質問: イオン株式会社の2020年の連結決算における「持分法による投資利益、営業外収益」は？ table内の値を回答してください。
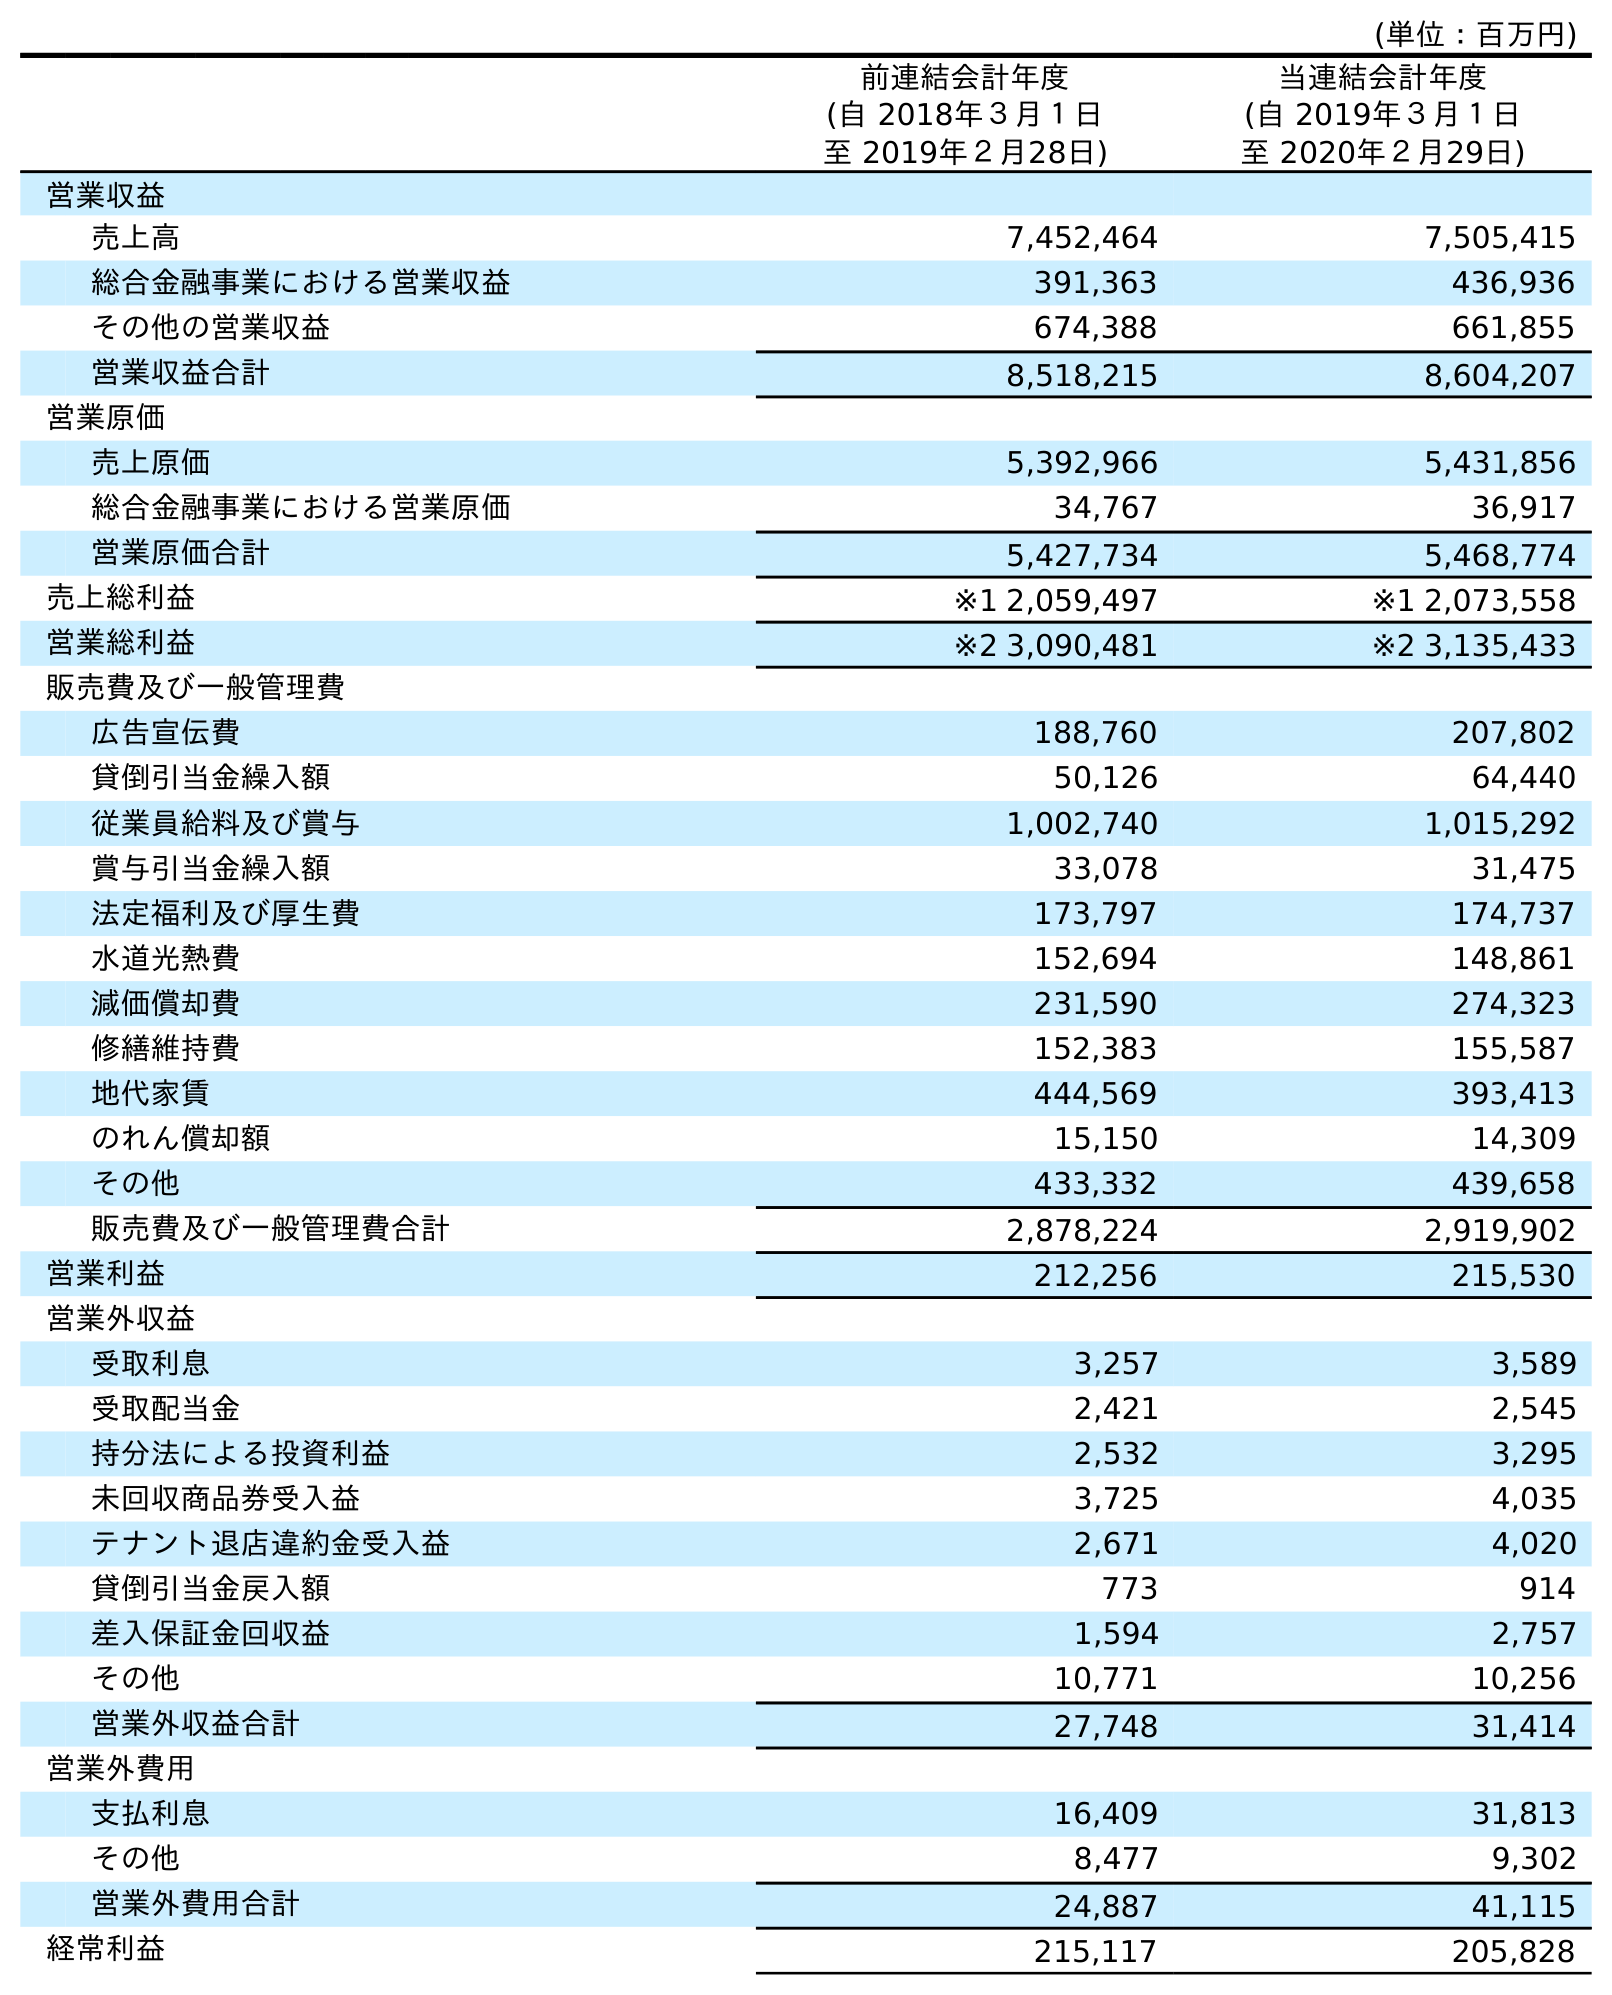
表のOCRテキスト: (単位：百万円) 前連結会計年度 (自 2018年３月１日 至 2019年２月28日) 当連結会計年度 (自 2019年３月１日 至 2020年２月29日) 営業収益 売上高 7,452,464 7,505,415 総合金融事業における営業収益 391,363 436,936 その他の営業収益 674,388 661,855 営業収益合計 8,518,215 8,604,207 営業原価 売上原価 5,392,966 5,431,856 総合金融事業における営業原価 34,767 36,917 営業原価合計 5,427,734 5,468,774 売上総利益 ※1 2,059,497 ※1 2,073,558 営業総利益 ※2 3,090,481 ※2 3,135,433 販売費及び一般管理費 広告宣伝費 188,760 207,802 貸倒引当金繰入額 50,126 64,440 従業員給料及び賞与 1,002,740 1,015,292 賞与引当金繰入額 33,078 31,475 法定福利及び厚生費 173,797 174,737 水道光熱費 152,694 148,861 減価償却費 231,590 274,323 修繕維持費 152,383 155,587 地代家賃 444,569 393,413 のれん償却額 15,150 14,309 その他 433,332 439,658 販売費及び一般管理費合計 2,878,224 2,919,902 営業利益 212,256 215,530 営業外収益 受取利息 3,257 3,589 受取配当金 2,421 2,545 持分法による投資利益 2,532 3,295 未回収商品券受入益 3,725 4,035 テナント退店違約金受入益 2,671 4,020 貸倒引当金戻入額 773 914 差入保証金回収益 1,594 2,757 その他 10,771 10,256 営業外収益合計 27,748 31,414 営業外費用 支払利息 16,409 31,813 その他 8,477 9,302 営業外費用合計 24,887 41,115 経常利益 215,117 205,828
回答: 3,295